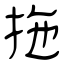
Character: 拖